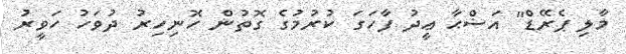
މާލި ޕެރޭޑް" އަޟްޙާ ޢީދު ފާހަގަ ކުރުމުގެ ގޮތުން ހޮނިހިރު ދުވަހު ހަވީރު